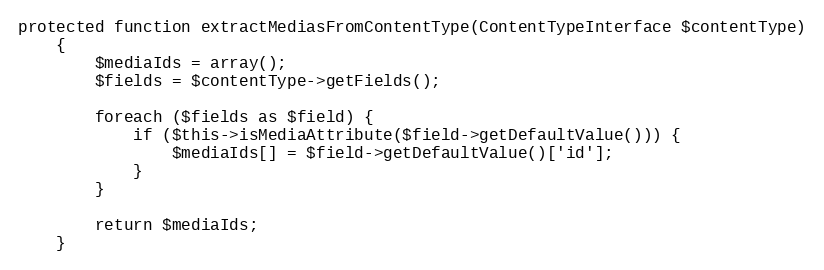
Language: PHP
protected function extractMediasFromContentType(ContentTypeInterface $contentType)
    {
        $mediaIds = array();
        $fields = $contentType->getFields();

        foreach ($fields as $field) {
            if ($this->isMediaAttribute($field->getDefaultValue())) {
                $mediaIds[] = $field->getDefaultValue()['id'];
            }
        }

        return $mediaIds;
    }